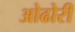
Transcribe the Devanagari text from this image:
ओढोरी